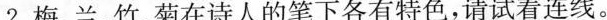
2.梅、兰、竹、菊在诗人的笔下各有特色，请试着连线。